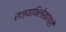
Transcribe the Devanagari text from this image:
राज्याभिलेखागारों